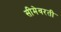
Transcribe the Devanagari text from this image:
सीमेवरती